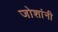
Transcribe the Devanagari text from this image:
जोशांनी